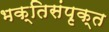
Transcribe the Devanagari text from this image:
भक्तिसंपृक्त